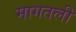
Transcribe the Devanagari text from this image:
मागतली